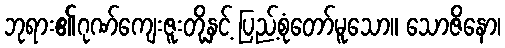
ဘုရား၏ဂုဏ်ကျေးဇူးတို့နှင့် ပြည့်စုံတော်မူသော။ သောဇိနော၊